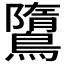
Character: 𪅿